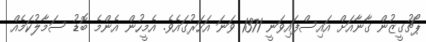
ޕޯޗުގީޒުން ގާނާއަށް އައިސްފައިވަނީ 1371 ވަނަ އަހަރުގައެވެ. އެމީހުން އެންމެ ބޮޑު ސަމާލުކަމެއް